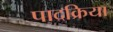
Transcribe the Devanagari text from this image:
पादक्रिया